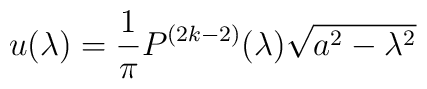
u(\lambda)={1\over\pi}P^{(2k-2)}(\lambda)\sqrt{a^2-\lambda^2}